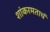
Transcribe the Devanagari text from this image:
शांकरमताचं